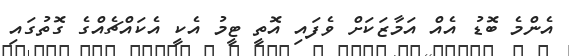
އެންމެ ބޮޑު އެއް އަމާޒަކަށް ވެފައި އޮތީ ޓީމު އެކީ އެކައްޗެއްގެ ގޮތުގައި